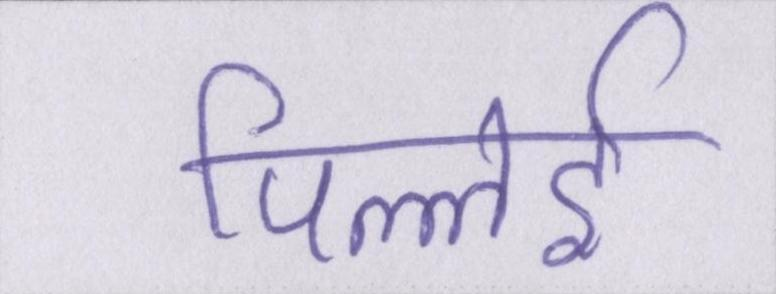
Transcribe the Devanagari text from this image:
पिल्लई